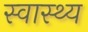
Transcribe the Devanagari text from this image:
स्‍वास्‍थ्य